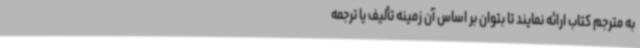
به مترجم کتاب ارائه نمایند تا بتوان بر اساس آن زمینه تألیف یا ترجمه